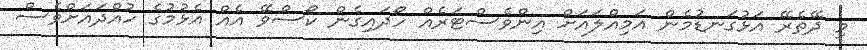
މި ދޭތެރޭ އަޅުގަނޑުމެން އަމިއްލައަށް އިންވެސްޓަރެއް ހޯދައިގެން ކޯސްވޭ އެއް އެޅުމުގެ ހުއްދައަށްވެސް